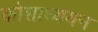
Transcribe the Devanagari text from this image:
कोशाध्ययन